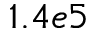
1 . 4 e 5